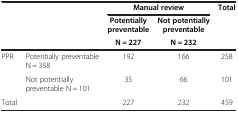
| <ROWSPAN=3>  | <ROWSPAN=3>  | <COLSPAN=2> Manual review | <ROWSPAN=3> Total |
 | Potentially preventable | Not potentially preventable |
 | N = 227 | N = 232 |
 | --- | --- | --- | --- | --- |
 | <ROWSPAN=2> PPR | Potentially preventable N = 358 | 192 | 166 | 258 |
 | Not potentially preventable N = 101 | 35 | 66 | 101 |
 | Total |  | 227 | 232 | 459 |